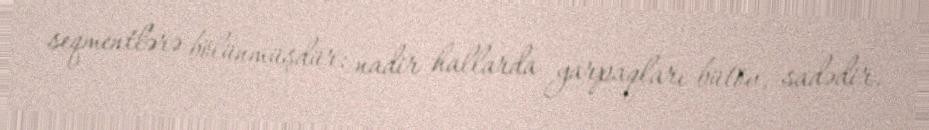
seqmentlərə bölünmüşdür; nadir hallarda yarpaqları bütöv, sadədir.